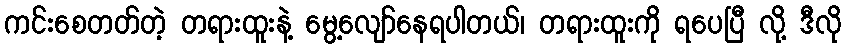
ကင်းစေတတ်တဲ့ တရားထူးနဲ့ မွေ့လျော်နေရပါတယ်၊ တရားထူးကို ရပေပြီ လို့ ဒီလို